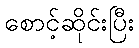
စောင့်ဆိုင်းပြီး